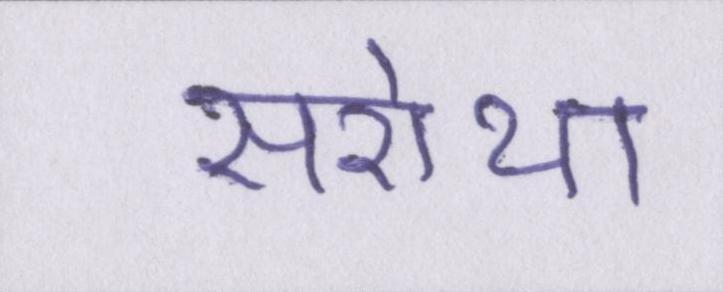
सरोथा